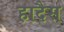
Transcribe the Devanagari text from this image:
हादैस